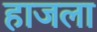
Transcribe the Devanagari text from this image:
हाजला